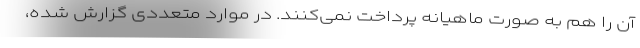
آن را هم به صورت ماهیانه پرداخت نمی‌کنند. در موارد متعددی گزارش شده،